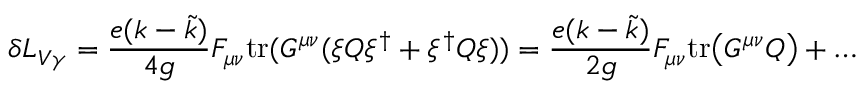
\delta { \cal L } _ { V \gamma } = \frac { e ( k - \tilde { k } ) } { 4 g } F _ { \mu \nu } \mathrm { t r } ( G ^ { \mu \nu } ( \xi Q \xi ^ { \dagger } + \xi ^ { \dagger } Q \xi ) ) = \frac { e ( k - \tilde { k } ) } { 2 g } F _ { \mu \nu } \mathrm { t r } \big ( G ^ { \mu \nu } Q \big ) + \dots